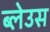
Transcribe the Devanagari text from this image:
ब्लेउस